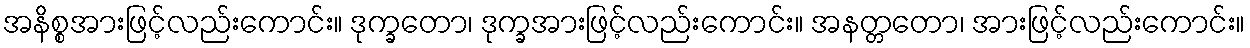
အနိစ္စအားဖြင့်လည်းကောင်း။ ဒုက္ခတော၊ ဒုက္ခအားဖြင့်လည်းကောင်း။ အနတ္တတော၊ အားဖြင့်လည်းကောင်း။